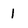
Character: i